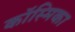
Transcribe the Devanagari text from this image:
कॉस्मिका